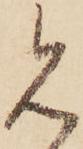
見